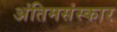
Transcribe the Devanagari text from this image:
अंतिमसंस्कार